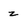
Character: z